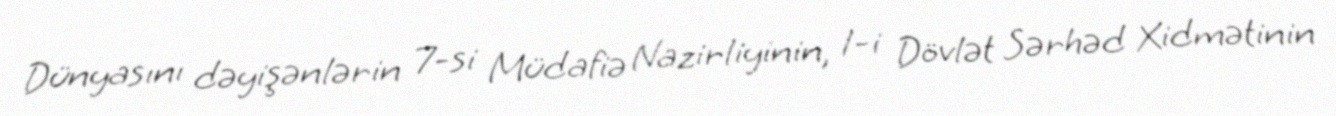
Dünyasını dəyişənlərin 7-si Müdafiə Nazirliyinin, 1-i Dövlət Sərhəd Xidmətinin